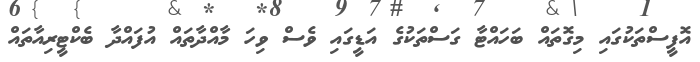
އޮފީސްތަކުގައި މިގޮތައް ބަހައްޓާ ގަސްތަކުގެ އަޑީގައި ވެސް ވިހަ މާއްދާތައް އުފައްދާ ބެކްޓީރިއާތައް